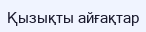
Қызықты айғақтар